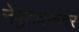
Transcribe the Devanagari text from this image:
नेबूशदनज़र